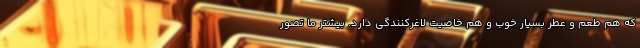
که هم طعم و عطر بسیار خوب و هم خاصیت لاغرکنندگی دارد. بیشتر ما تصور